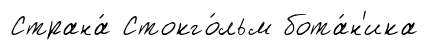
Страна́ Стокго́льм бота́н'ика